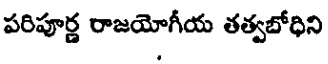
పరిపూర్ణ రాజయోగీయ తత్వబోధిని